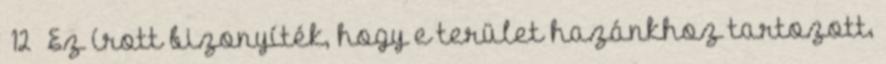
12 Ez írott bizonyíték, hogy e terület hazánkhoz tartozott,